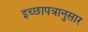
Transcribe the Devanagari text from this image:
इच्छापत्रानुसार